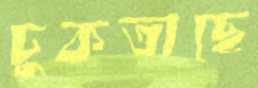
ঢুকতাছে